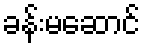
ခန်းမဆောင်